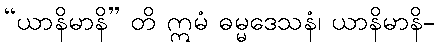
“ယာနိမာနိ” တိ ဣမံ ဓမ္မဒေသနံ၊ ယာနိမာနိ-